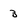
Character: 3